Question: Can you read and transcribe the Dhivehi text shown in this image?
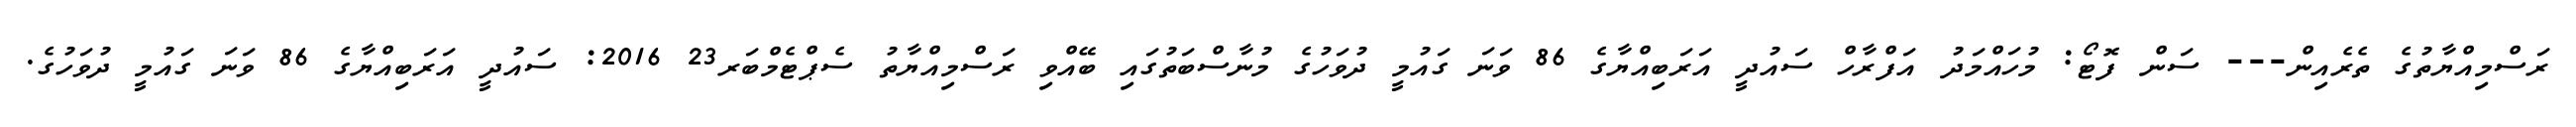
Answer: ރަސްމިއްޔާތުގެ ތެރެއިން--- ސަން ފޮޓޯ: މުހައްމަދު އަފްރާހް ސައުދީ އަރަބިއްޔާގެ 86 ވަނަ ގައުމީ ދުވަހުގެ މުނާސްބަތުގައި ބޭއްވި ރަސްމިއްޔާތު ސެޕްޓެމްބަރ23 2016: ސައުދީ އަރަބިއްޔާގެ 86 ވަނަ ގައުމީ ދުވަހުގެ.